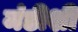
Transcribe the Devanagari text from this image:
मंडीशी